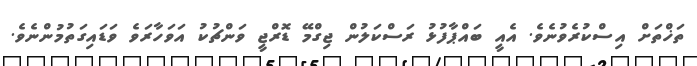
ތަޚްތަށް އިސްކުރެވުނެވެ. އެއީ ބައްޕާފުޅު ރަސްކަލުން ޖިގްމޭ ޑޮރްޖީ ވަންޗުކު އަވަހާރަވެ ވަޑައިގަތުމުންނެވެ.